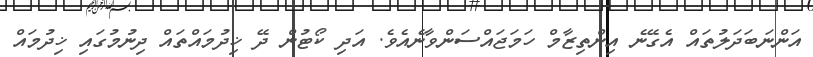
އަންނަބަދަލުތައް އެގޭނެ އިންތިޒާމް ހަމަޖައްސަންވާނެއެވެ. އަދި ކޯޓުން ދޭ ޚިދުމައްތައް ދިނުމުގައި ޚިދުމައް